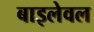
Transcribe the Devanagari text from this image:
बाइलेवल